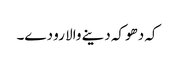
کہ دھوکہ دینے والا رو دے۔